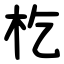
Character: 杚